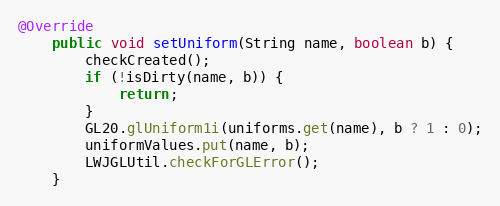
Language: Java
@Override
    public void setUniform(String name, boolean b) {
        checkCreated();
        if (!isDirty(name, b)) {
            return;
        }
        GL20.glUniform1i(uniforms.get(name), b ? 1 : 0);
        uniformValues.put(name, b);
        LWJGLUtil.checkForGLError();
    }